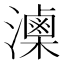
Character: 𤂈